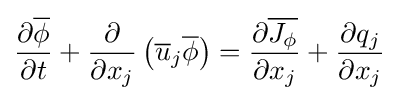
{\frac {\partial {\overline {\phi }}}{\partial t}}+{\frac {\partial }{\partial x_{j}}}\left({\overline {u}}_{j}{\overline {\phi }}\right)={\frac {\partial {\overline {J_{\phi }}}}{\partial x_{j}}}+{\frac {\partial q_{j}}{\partial x_{j}}}